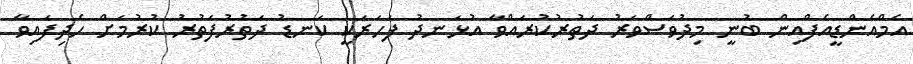
އެމްއެންޑީއެފްއިން ބުނީ މިދުވަސްވަރު ދަތުރުކުރައްވާ އުޅަނދު ފަހަރަކީ ކަނޑު ދަތުރުފަތުރު ކުރުމަށް ހެދިފައިވާ